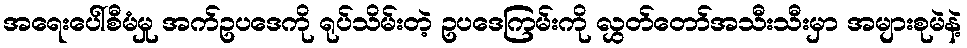
အရေးပေါ်စီမံမှု အက်ဥပဒေကို ရုပ်သိမ်းတဲ့ ဥပဒေကြမ်းကို လွှတ်တော်အသီးသီးမှာ အများစုမဲနဲ့